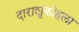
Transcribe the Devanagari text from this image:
दाराशुकोहला